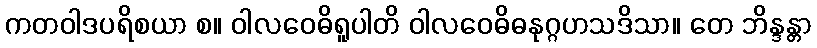
ကတဝါဒပရိစယာ စ။ ဝါလဝေဓိရူပါတိ ဝါလဝေဓိဓနုဂ္ဂဟသဒိသာ။ တေ ဘိန္ဒန္တာ